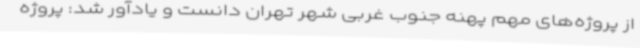
از پروژه‌های مهم پهنه جنوب غربی شهر تهران دانست و یادآور شد: پروژه